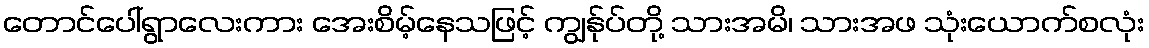
တောင်ပေါ်ရွာလေးကား အေးစိမ့်နေသဖြင့် ကျွန်ုပ်တို့ သားအမိ၊ သားအဖ သုံးယောက်စလုံး